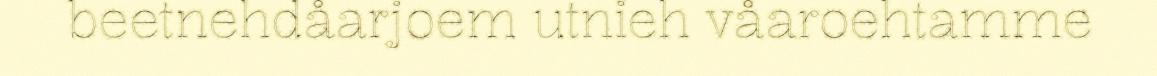
beetnehdåarjoem utnieh våaroehtamme